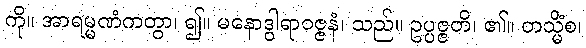
ကို။ အာရမ္မဏံကတွာ၊ ၍။ မနောဒွါရာဝဇ္ဇနံ၊ သည်။ ဥပ္ပဇ္ဇတိ၊ ၏။ တသ္မိံစ၊